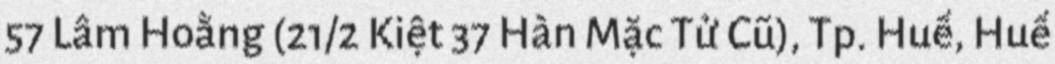
57 Lâm Hoằng (21/2 Kiệt 37 Hàn Mặc Tử Cũ), Tp. Huế, Huế